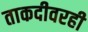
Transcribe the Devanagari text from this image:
ताकदीवरही